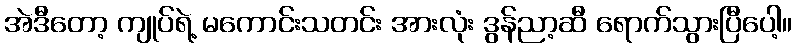
အဲဒီတော့ ကျုပ်ရဲ့ မကောင်းသတင်း အားလုံး ဒွန်ညာ့ဆီ ရောက်သွားပြီပေါ့။